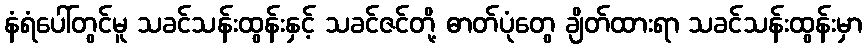
နံရံပေါ်တွင်မူ သခင်သန်းထွန်းနှင့် သခင်ဇင်တို့ ဓာတ်ပုံတွေ ချိတ်ထားရာ သခင်သန်းထွန်းမှာ